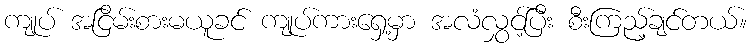
ကျုပ် အငြိမ်းစားမယူခင် ကျုပ်ကားရှေ့မှာ အလံလွှင့်ပြီး စီးကြည့်ချင်တယ်။